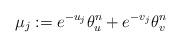
LaTeX: \begin{align*} \mu_j:= e^{-u_j} \theta_u^n + e^{-v_j} \theta_v^n \end{align*}